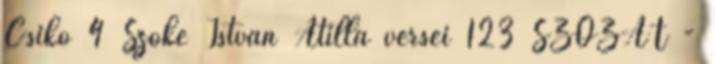
Csikó 4 Szőke István Atilla versei 123 SZÓZAT -